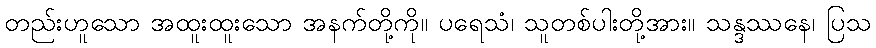
တည်းဟူသော အထူးထူးသော အနက်တို့ကို။ ပရေသံ၊ သူတစ်ပါးတို့အား။ သန္ဒဿနေ၊ ပြသ